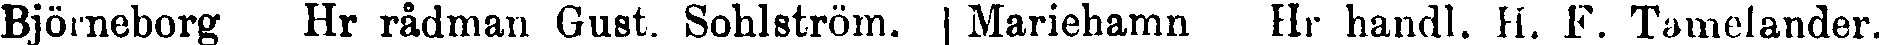
Björneborg Hr rådman Gust. Sohlström. | Mariehamn Hr handl. H. F. Tamelander.